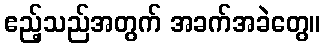
ဧည့်သည်အတွက် အခက်အခဲတွေ။